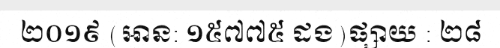
២០១៩ (អាន: ១៥៧៧៥ ដង)ផ្សាយ : ២៨